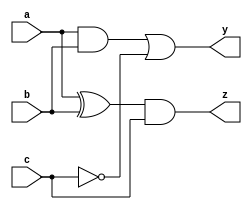
module combinational_logic (
    input wire a,          // Input signal a
    input wire b,          // Input signal b
    input wire c,          // Input signal c
    output reg y,         // Output signal y
    output reg z          // Output signal z
);

// Task definition for combinational behavior
task compute_logic;
    // Declare internal state variables if needed
    reg temp_y;
    reg temp_z;

    begin
        // Combinational logic using blocking assignments
        temp_y = (a & b) | (~c); // Example logic expression for y
        temp_z = (a ^ b) & c;    // Example logic expression for z
        
        // Assign computed values to outputs
        y = temp_y;
        z = temp_z;
    end
endtask

// Always block triggered by changes to any input signals
always @(*) begin
    // Call the task to compute outputs
    compute_logic();
end

endmodule